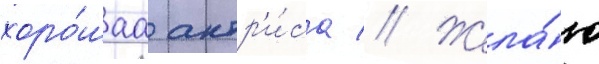
хоро́шаа актр'и́са // Жела́ю